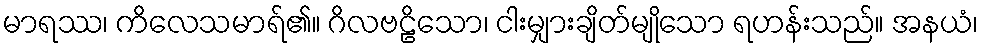
မာရဿ၊ ကိလေသမာရ်၏။ ဂိလဗဠိသော၊ ငါးမျှားချိတ်မျိုသော ရဟန်းသည်။ အနယံ၊